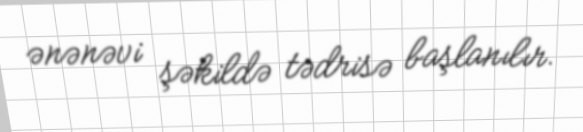
ənənəvi şəkildə tədrisə başlanılır.